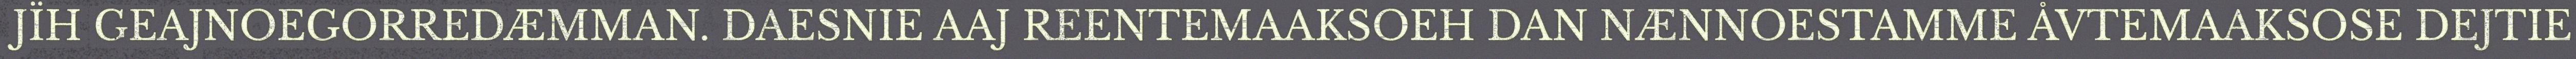
JÏH GEAJNOEGORREDÆMMAN. DAESNIE AAJ REENTEMAAKSOEH DAN NÆNNOESTAMME ÅVTEMAAKSOSE DEJTIE